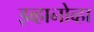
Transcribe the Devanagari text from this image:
इव्हानोव्हा